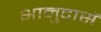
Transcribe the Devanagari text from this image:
भानुदासें